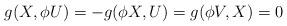
LaTeX: \begin{align*}g(X,\phi U)=-g(\phi X,U)=g(\phi V,X)=0\end{align*}